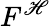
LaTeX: F^{\mathscr{H}}